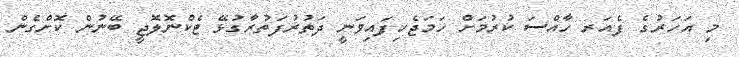
މި އަހަރުގެ ފެއަރ ހާއްސަ ކުރުމަށް ހަމަޖެހިފައިވަނީ ދަތުރުފަތުރާގުޅޭ ޓެކްނޮލޮޖީ ބޭނުން ކޮށްގެން